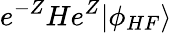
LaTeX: e^{-Z}He^{Z}|\phi_{HF}\rangle